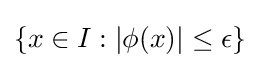
\{x\in I:|\phi (x)|\leq \epsilon \}